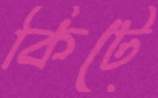
কিটে